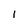
Character: 1